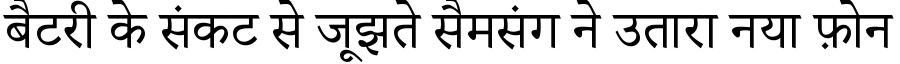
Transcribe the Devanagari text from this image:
बैटरी के संकट से जूझते सैमसंग ने उतारा नया फ़ोन